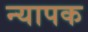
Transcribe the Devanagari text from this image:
न्यापक